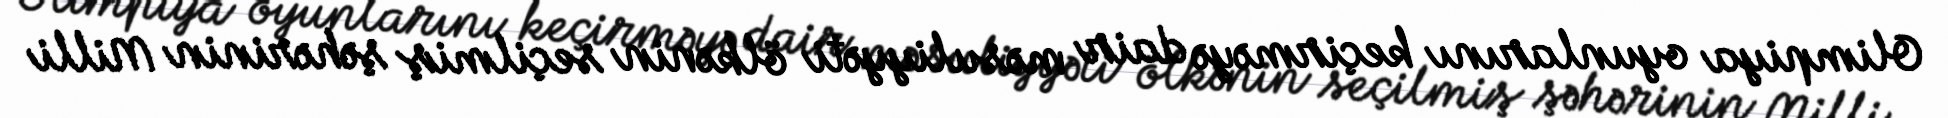
Olimpiya oyunlarını keçirməyə dair məsuliyyəti ölkənin seçilmiş şəhərinin Milli